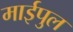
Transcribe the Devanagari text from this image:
माईपुल